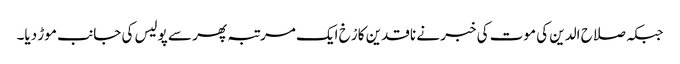
جبکہ صلاح الدین کی موت کی خبر نے ناقدین کا رْخ ایک مرتبہ پھر سے پولیس کی جانب موڑ دیا۔